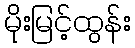
မိုးမြင့်ထွန်း